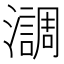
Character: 𤂂